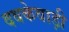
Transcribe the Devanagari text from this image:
दबकेवाड़ी